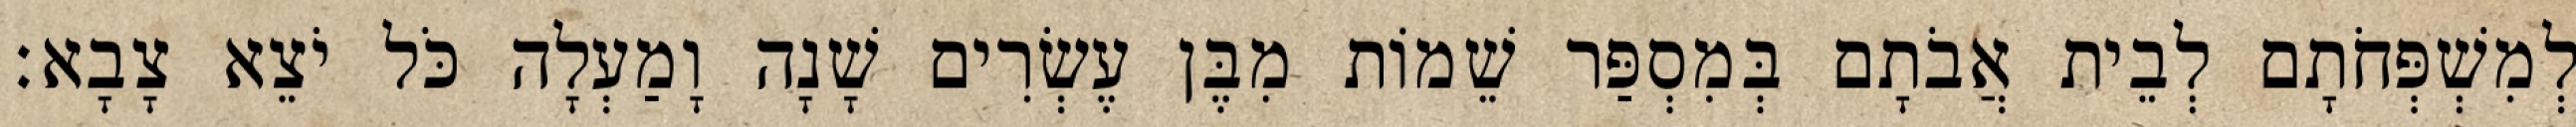
לְמִשְׁפְּחֹתָם לְבֵית אֲבֹתָם בְּמִסְפַּר שֵׁמוֹת מִבֶּן עֶשְׂרִים שָׁנָה וָמַעְלָה כֹּל יֹצֵא צָבָא׃